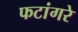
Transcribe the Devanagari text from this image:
फटांगरे